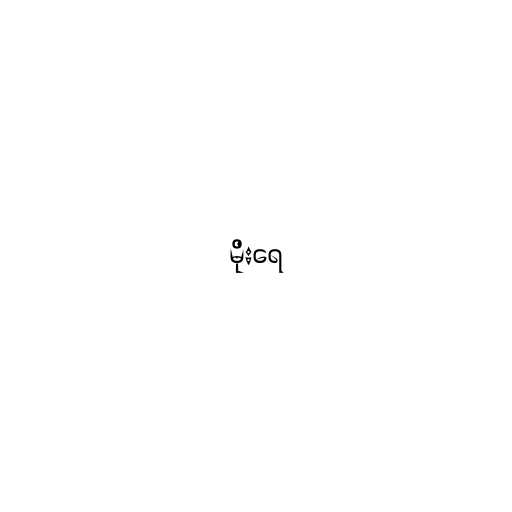
မိုးရေ